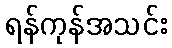
ရန်ကုန်အသင်း